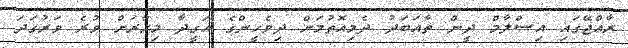
ރާއްޖޭގައި އިސްލާމް ދީން ތާއަބަދު ދެމިއޮތުމަށް ދިވެހީންގެ އަގީދާ މިހާރަށް ވުރެ ވަރުގަދަ